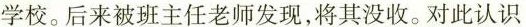
学校。后来被班主任老师发现，将其没收。对此认识